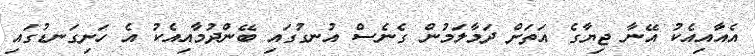
އެއާއިއެކު އޭނާ ޖިޔާގެ އަތަށް ދަމާލަމުން ގެނެސް އުނގުގައި ބޭންދުމާއިއެކު އެ ހަށިގަނޑުގައި